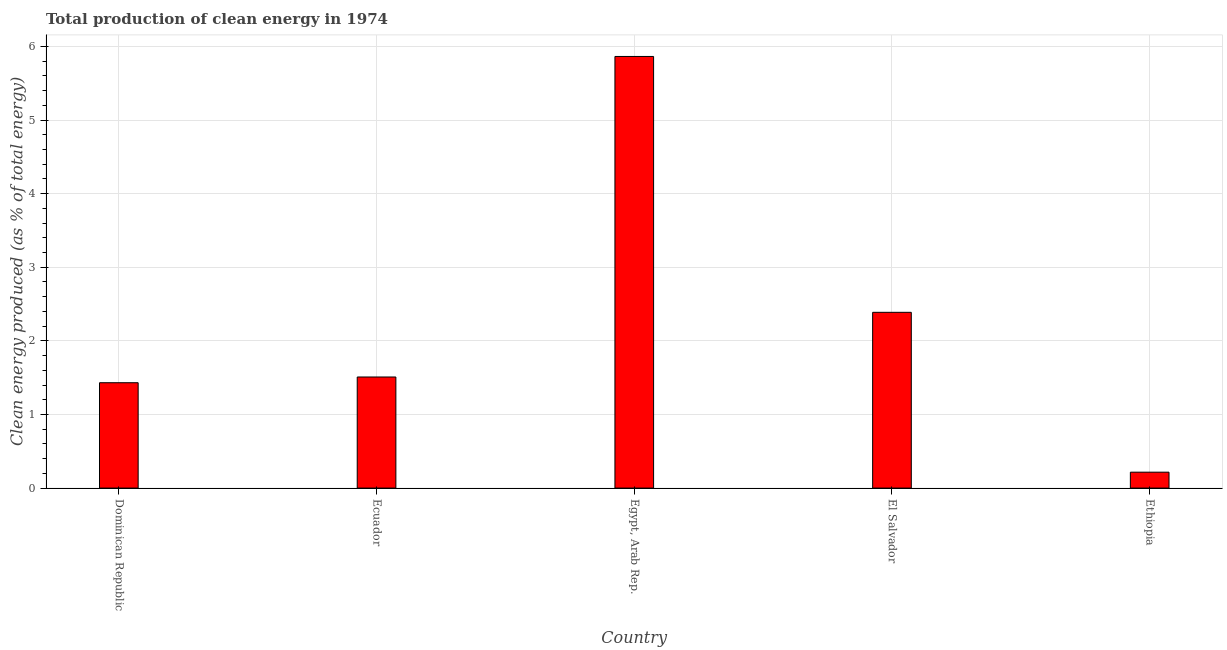
| Country | Alternative and nuclear energy |
 | --- | --- |
 | Dominican Republic | 1.43 |
 | Ecuador | 1.51 |
 | Egypt, Arab Rep. | 5.86 |
 | El Salvador | 2.39 |
 | Ethiopia | 0.216 |